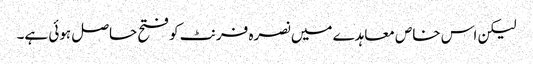
لیکن اس خاص معاہدے میں نصرہ فرنٹ کو فتح حاصل ہوئی ہے۔